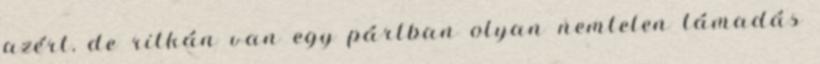
azért, de ritkán van egy pártban olyan nemtelen támadás